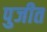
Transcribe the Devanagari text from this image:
पुजीत